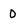
Character: O